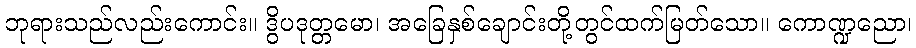
ဘုရားသည်လည်းကောင်း။ ဒွိပဒုတ္တမော၊ အခြေနှစ်ချောင်းတို့တွင်ထက်မြတ်သော။ ကောဏ္ဍညော၊